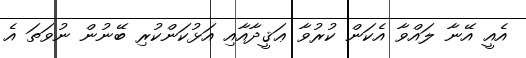
އެއީ އޭނާ ލައްވާ އެކަން ކުރުވާ ޢަޤީދާއާއި އަޅުކަންކުރި ބޭނުން ނުވަތަ އެ